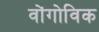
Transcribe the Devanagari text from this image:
वोंगोविक